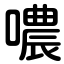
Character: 噥